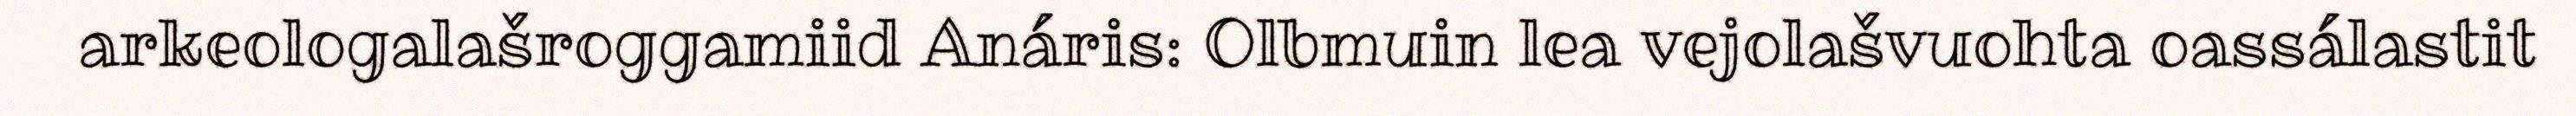
arkeologalašroggamiid Anáris: Olbmuin lea vejolašvuohta oassálastit